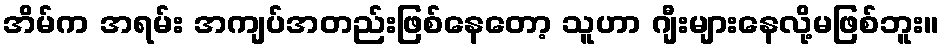
အိမ်က အရမ်း အကျပ်အတည်းဖြစ်နေတော့ သူဟာ ဂျီးများနေလို့မဖြစ်ဘူး။